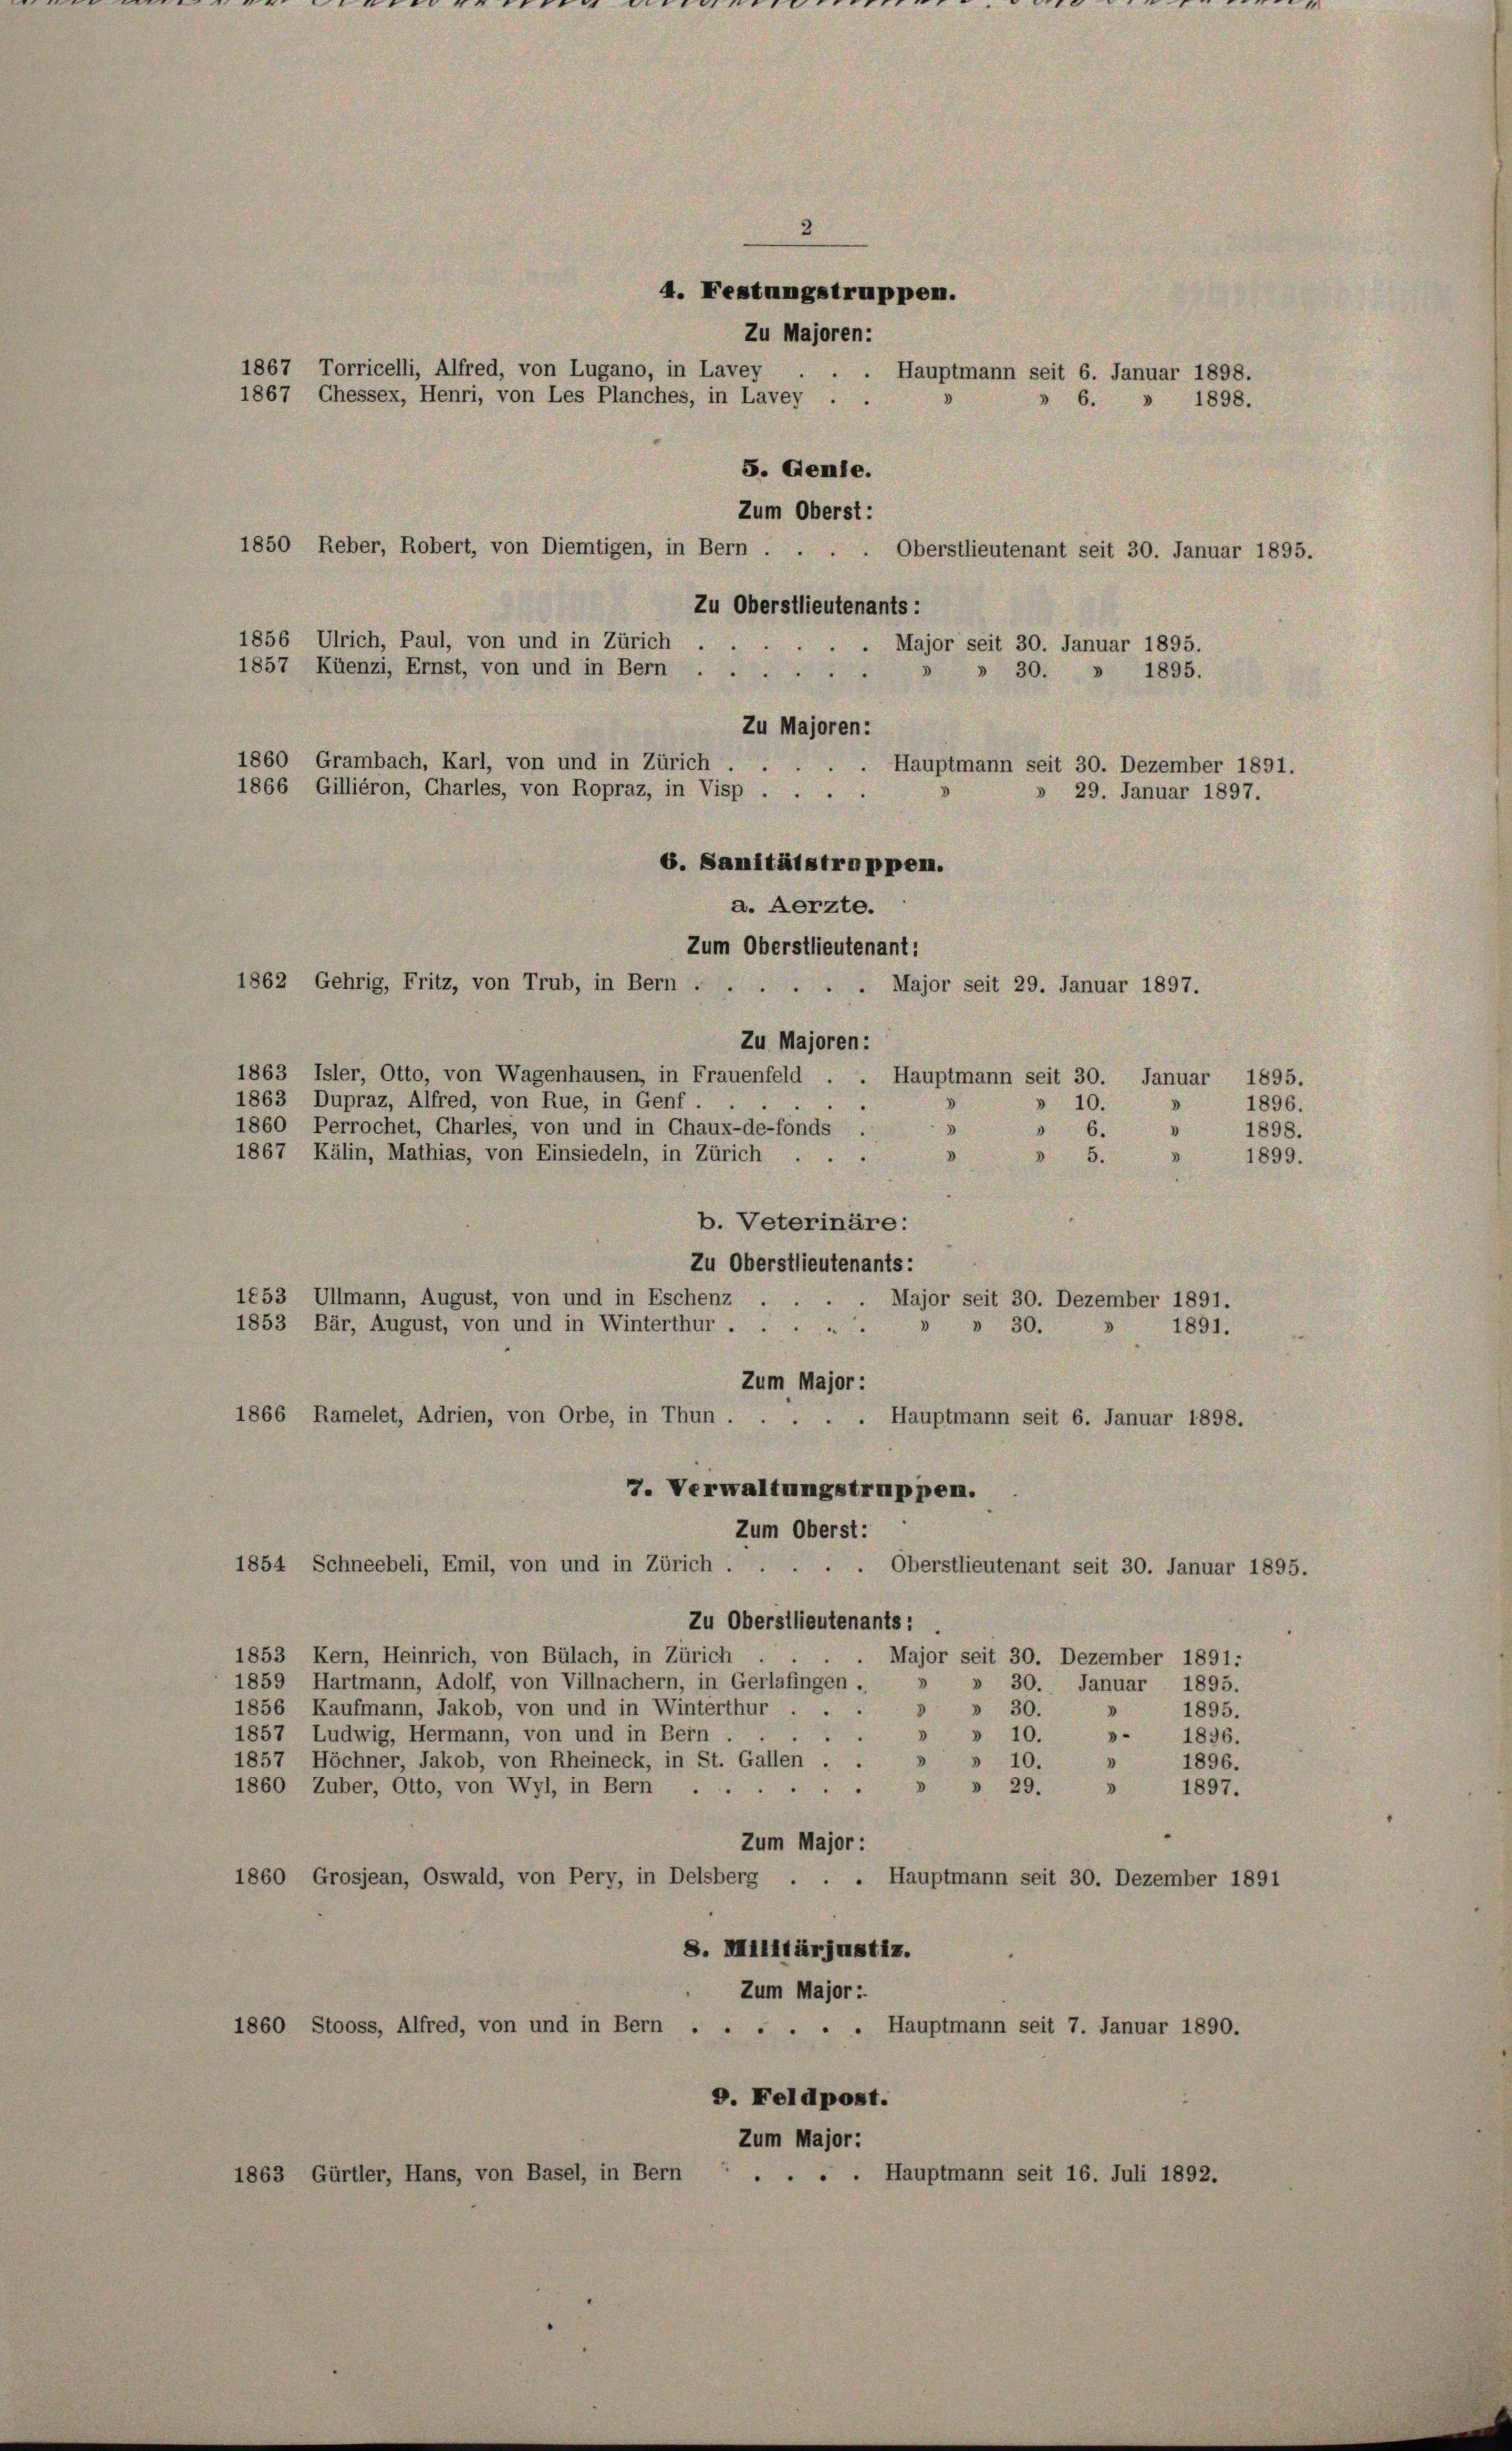
2
4. Festungstruppen.
Zu Majoren:
1867 Torricelli, Alfred, von Lugano, in Lavey . . . Hauptmann seit 6. Januar 1898.
1867 Chessex, Henri, von Les Planches, in Lavey .
6.
5. Genie.
Zum Oberst:
Oberstlieutenant seit 30. Januar 1895.
Zu Oberstlieutenants:
1856 Ulrich, Paul, von und in Zürich.
Major seit 30. Januar 1895.
1857 Küenzi, Ernst, von und in Bern
30. » 1895.
Zu Majoren:
1860 Grambach, Karl, von und in Zürich.
Hauptmann seit 30. Dezember 1891.
1866 Gilliéron, Charles, von Ropraz, in Visp.
29. Januar 1897.

a. Aerzte.
Zum Oberstlieutenant:
1862 Gehrig, Fritz, von Trub, in Bern . .
. Major seit 29. Januar 1897.

1850 Reber, Robert, von Diemtigen, in Bern . . .

7. Verwaltungstruppen.
Zum Oberst:

» 1898.

6. Sanitätstrappen.

Zu Majoren:
1863 Isler, Otto, von Wagenhausen, in Frauenfeld . . Hauptmann seit 30. Januar 1895.
1863 Dupraz, Alfred, von Rue, in Genf.
» 10.
1860 Perrochet, Charles, von und in Chaux-de-fonds .
"
d
" 6.
1867 Kälin, Mathias, von Einsiedeln, in Zürich . .
 5.
0
1899.
b. Veterinäre:
Zu Oberstlieutenants:
1853 Ullmann, August, von und in Eschenz
Major seit 30. Dezember 1891.
1853 Bär, August, von und in Winterthur.
 30.
1891.
Zum Major :
1866 Ramelet, Adrien, von Orbe, in Thun
Hauptmann seit 6. Januar 1898.
1854 Schneebeli, Emil, von und in Zürich.
Oberstlieutenant seit 30. Januar 1895.
Zu Oberstlieutenants:
1853 Kern, Heinrich, von Bülach, in Zürich
Major seit 30. Dezember 1891:
1859 Hartmann, Adolf, von Villnachern, in Gerlafingen .
» 30. Januar 1895.
1856 Kaufmann, Jakob, von und in Winterthur
» 30.
1895.
1857 Ludwig, Hermann, von und in Bern.
» » 10.
.
1896.
1857 Höchner, Jakob, von Rheineck, in St. Gallen . .
» » 10.
1896.
1860 Zuber, Otto, von Wyl, in Bern
» » 29.
 1897.
.
Zum Major :
1860 Grosjean, Oswald, von Pery, in Delsberg . . . Hauptmann seit 30. Dezember 1891
8. Militärjustiz.
Zum Major :
1860 Stooss, Alfred, von und in Bern .
 . . . . Hauptmann seit 7. Januar 1890.
D. Feldpost.
Zum Major:
1863 Gürtler, Hans, von Basel, in Bern
. Hauptmann seit 16. Juli 1892.

1896.
1898.